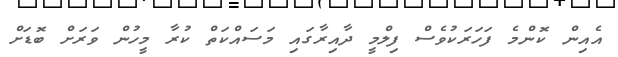
އެއިން ކޮންމެ ފަހަރަކުވެސް ފިލްމީ ދާއިރާގައި މަސައްކަތް ކުރާ މީހުން ވަރަށް ބޮޑަށް